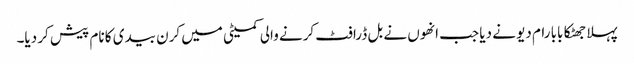
پہلا جھٹکا بابا رام دیو نے دیا جب انھوں نے بل ڈرافٹ کرنے والی کمیٹی میں کرن بیدی کا نام پیش کر دیا۔